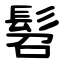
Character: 髫